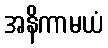
အနိကာမယံ